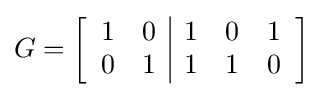
G=\left[{\begin{array}{cc|ccc}1&0&1&0&1\\0&1&1&1&0\\\end{array}}\right]